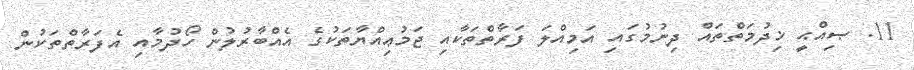
11. ޞިއްޙީ ޚިދުމަތްތައް ދިނުމުގައި އަމިއްލަ ފަރާތްތަކާއި ޖަމުޢިއްޔާތަކުގެ އެއްބާރުލުން ހޯދުމާއި އެފަރާތްތަކުން